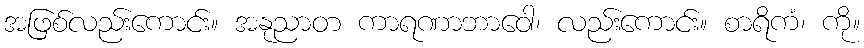
အဖြစ်လည်းကောင်း။ အနုညာတ ကာရဏာဘာဝေါ၊ လည်းကောင်း။ စာရိကံ၊ ကို။